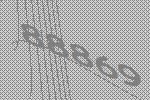
88869